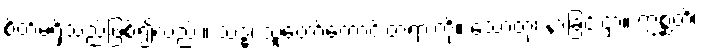
စိတ်မရှိသည်ဖြစ်၍လည်း။ သဒ္ဓံ၊ သူတော်ကောင်းတရားကို။ သောတုံ၊ နာခြင်းငှာ။ ဣစ္ဆတိ၊